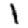
Digit: 1